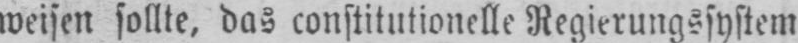
weisen sollte, das constitutionelle Regierungssystem